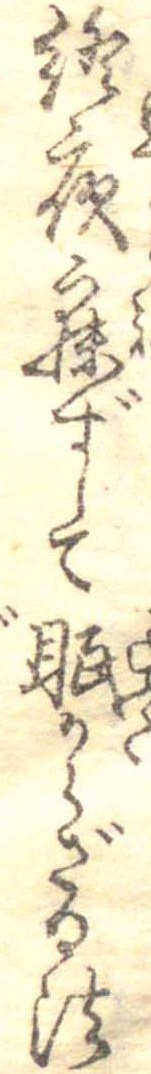
終夜寐ずして眠からざる法